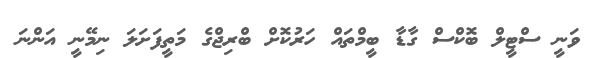
ވަނީ ސްޓީލް ބޮކްސް ގާޑާ ބީމްތައް ހަރުކޮށް ބްރިޖްގެ މަތީފަށަލަ ނިމޭނީ އަންނަ